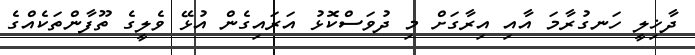
ދާޚިލީ ހަނގުރާމަ އާއި އިރާގަށް މި ދުވަސްކޮޅު އަރައިގެން އުޅޭ ވެލީގެ ތޫފާންތަކެއްގެ